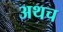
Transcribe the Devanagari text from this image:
अथच